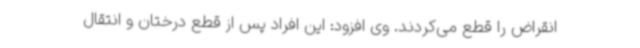
انقراض را قطع می‌کردند. وی افزود: این افراد پس از قطع درختان و انتقال